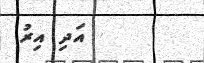
އަދި އިރު